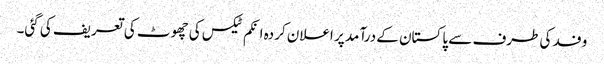
وفد کی طرف سے پاکستان کے درآمد پر اعلان کردہ انکم ٹیکس کی چھوٹ کی تعریف کی گئی۔